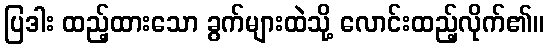
ပြဒါး ထည့်ထားသော ခွက်များထဲသို့ လောင်းထည့်လိုက်၏။